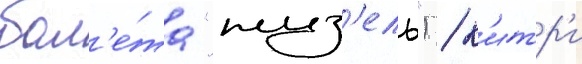
бал'е́та "жиз'ель") / к'итр'и